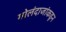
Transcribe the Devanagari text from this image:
गोलंदाजांकडून